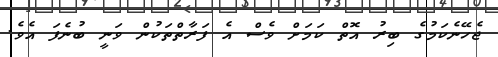
ޖެހޭނެކަމުގެ ބިރު އޮތް ކަމަށް ވެސް އެ ފަރާތްތަކުން ވަނީ ބުނެފަ އެވެ.